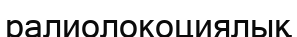
ралиолокоциялық